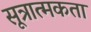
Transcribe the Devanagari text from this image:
सूत्रात्मकता